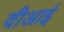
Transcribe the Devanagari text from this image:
वीआई